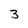
Character: 3